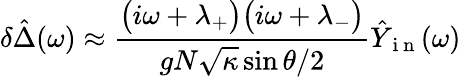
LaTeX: \delta\hat{\Delta}(\omega)\approx\frac{\big(i\omega+\lambda_{+}\big)\big(i\omega+\lambda_{-}\big)}{gN\sqrt{\kappa}\sin\theta/2}\hat{Y}_{\mathrm{~i~n~}}(\omega)